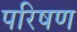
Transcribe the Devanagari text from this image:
परिषण